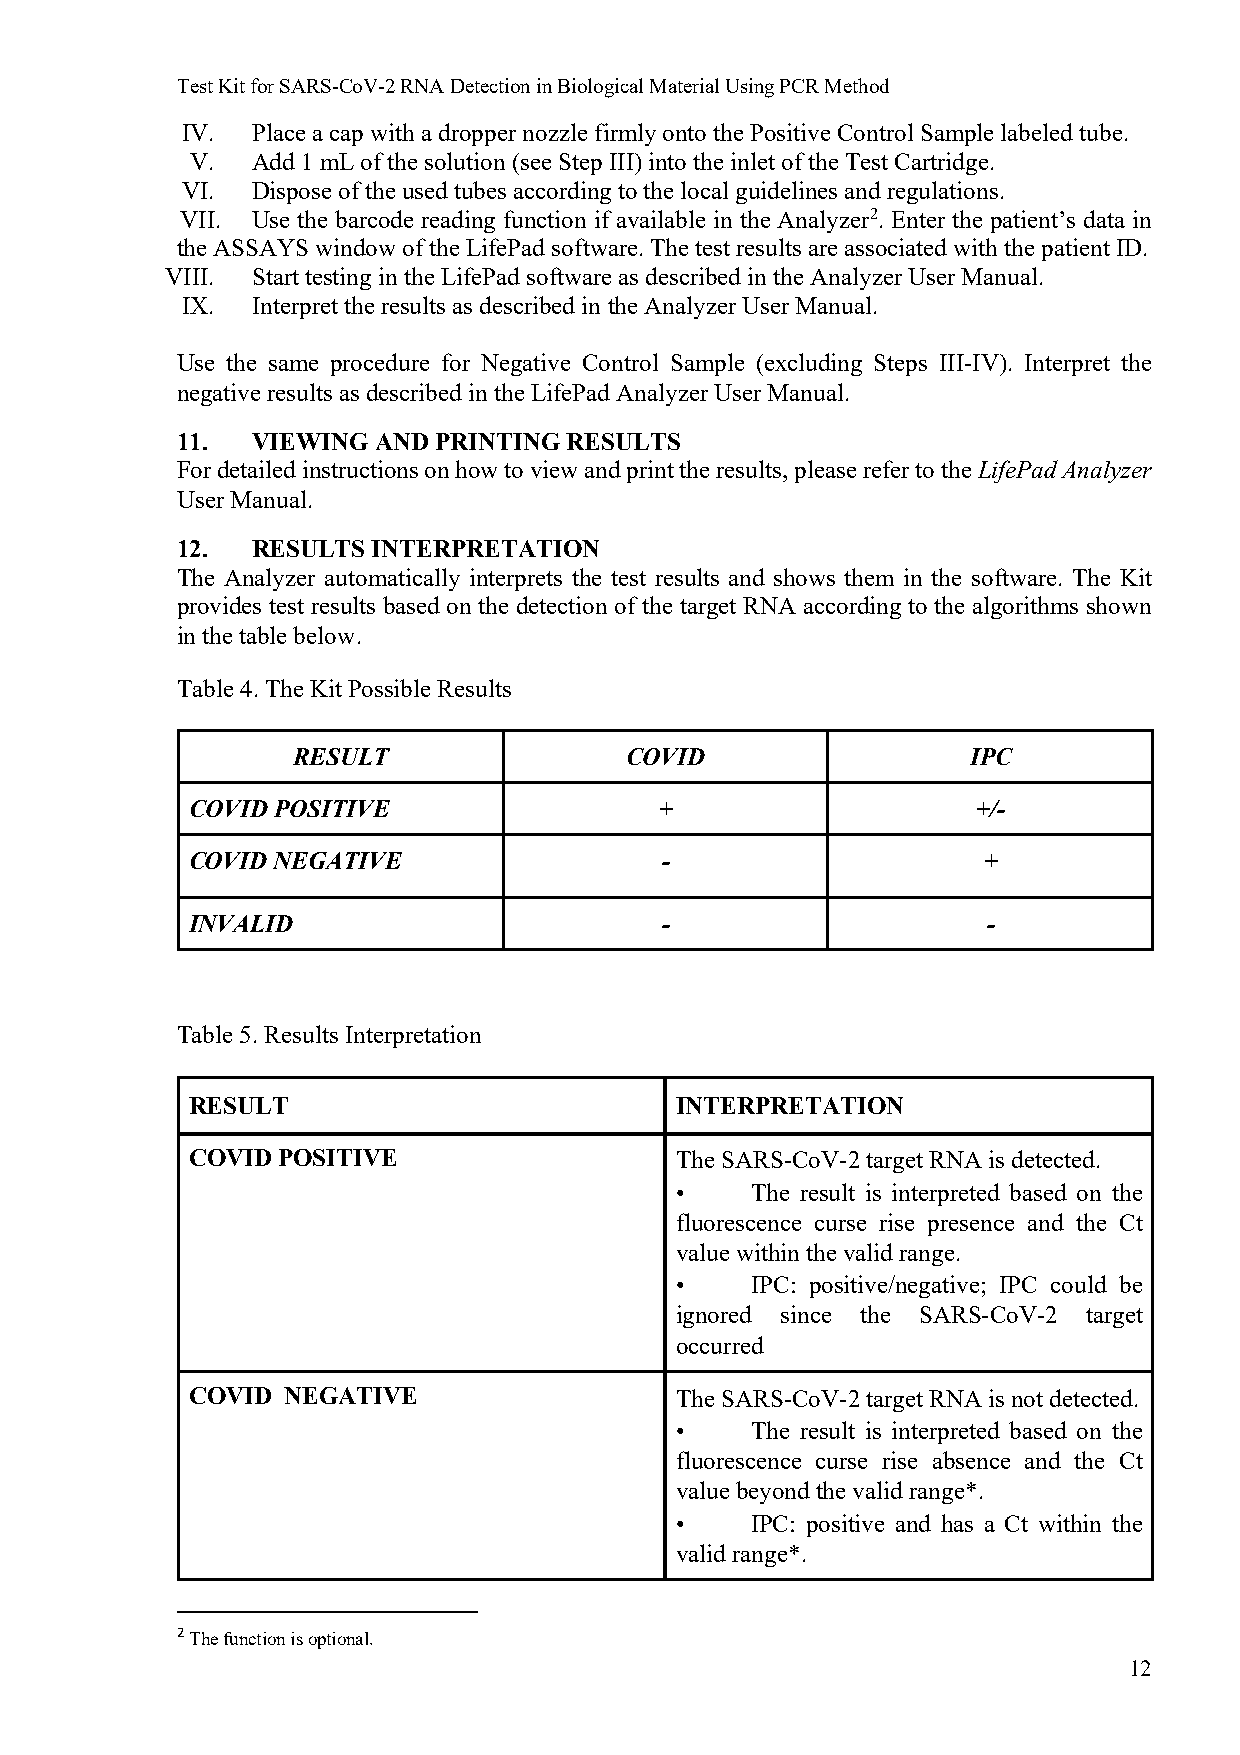
Test Kit for SARS-CoV-2 RNA Detection in Biological Material Using PCR Method
 IV.  Place a cap with a dropper nozzle firmly onto the Positive Control Sample labeled tube.
 V.  Add 1 mL of the solution (see Step III) into the inlet of the Test Cartridge.
 VI.  Dispose of the used tubes according to the local guidelines and regulations.
 VII. Use the barcode reading function if available in the Analyzer2. Enter the patient’s data in
 the ASSAYS window of the LifePad software. The test results are associated with the patient ID.
 VIII. Start testing in the LifePad software as described in the Analyzer User Manual.
 IX.  Interpret the results as described in the Analyzer User Manual.
 Use the same procedure for Negative Control Sample (excluding Steps III-IV). Interpret the
 negative results as described in the LifePad Analyzer User Manual.
 11.  VIEWING AND PRINTING RESULTS
 For detailed instructions on how to view and print the results, please refer to the LifePad Analyzer
 User Manual.
 12.  RESULTS INTERPRETATION
 The Analyzer automatically interprets the test results and shows them in the software. The Kit
 provides test results based on the detection of the target RNA according to the algorithms shown
 in the table below.
 Table 4. The Kit Possible Results
 RESULT                COVID                  IPC
 COVID POSITIVE                  +                    +/-
 COVID NEGATIVE                  -                    +
 INVALID                         -                    -
 Table 5. Results Interpretation
 RESULT                           INTERPRETATION
 COVID POSITIVE                   The SARS-CoV-2 target RNA is detected.
 •    The result is interpreted based on the
 fluorescence curse rise presence and the Ct
 value within the valid range.
 •    IPC: positive/negative; IPC could be
 ignored since the SARS-CoV-2 target
 occurred
 COVID  NEGATIVE                  The SARS-CoV-2 target RNA is not detected.
 •    The result is interpreted based on the
 fluorescence curse rise absence and the Ct
 value beyond the valid range*.
 •    IPC: positive and has a Ct within the
 valid range*.
 2 The function is optional.
 12